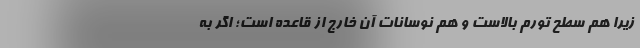
زیرا هم سطح تورم بالاست و هم نوسانات آن خارج از قاعده است؛ اگر به